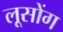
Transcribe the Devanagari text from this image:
लूसोंग